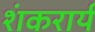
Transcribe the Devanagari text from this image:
शंकरार्य